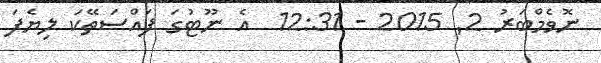
ނޮވެމްބަރު 2